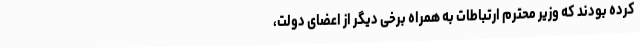
کرده بودند که وزیر محترم ارتباطات به همراه برخی دیگر از اعضای دولت،